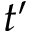
t ^ { \prime }